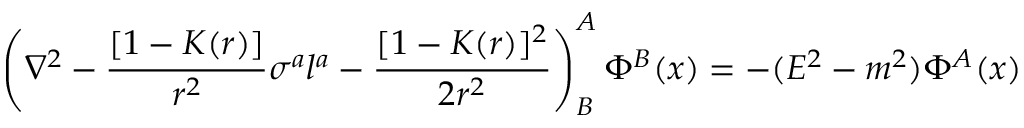
\left( \nabla ^ { 2 } - { \frac { [ 1 - K ( r ) ] } { r ^ { 2 } } } \sigma ^ { a } l ^ { a } - { \frac { [ 1 - K ( r ) ] ^ { 2 } } { 2 r ^ { 2 } } } \right) _ { B } ^ { A } \Phi ^ { B } ( x ) = - ( E ^ { 2 } - m ^ { 2 } ) \Phi ^ { A } ( x )